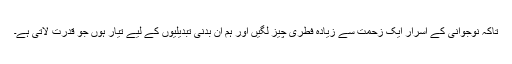
تاکہ نوجوانی کے اسرار ایک زحمت سے زیادہ فطری چیز لگیں اور ہم ان بدنی تبدیلیوں کے لیے تیار ہوں جو قدرت لاتی ہے۔